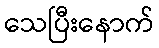
သေပြီးနောက်